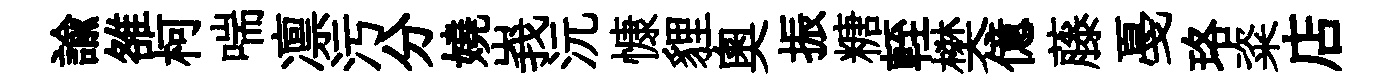
諭雒柯喘凛污分嬈峩沅慷貍奧振糖輊樊億藤戞珞粢店